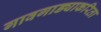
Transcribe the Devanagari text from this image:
गावगाड्याकरिता